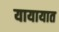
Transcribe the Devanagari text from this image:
यायायात